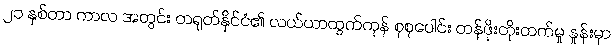
၂၁ နှစ်တာ ကာလ အတွင်း တရုတ်နိုင်ငံ၏ လယ်ယာထွက်ကုန် စုစုပေါင်း တန်ဖိုးတိုးတက်မှု နှုန်းမှာ